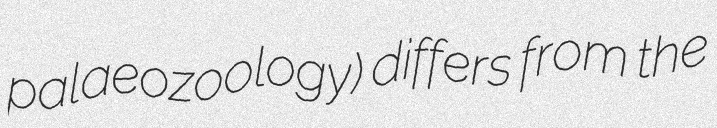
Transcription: palaeozoology) differs from the